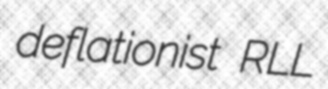
deflationist RLL